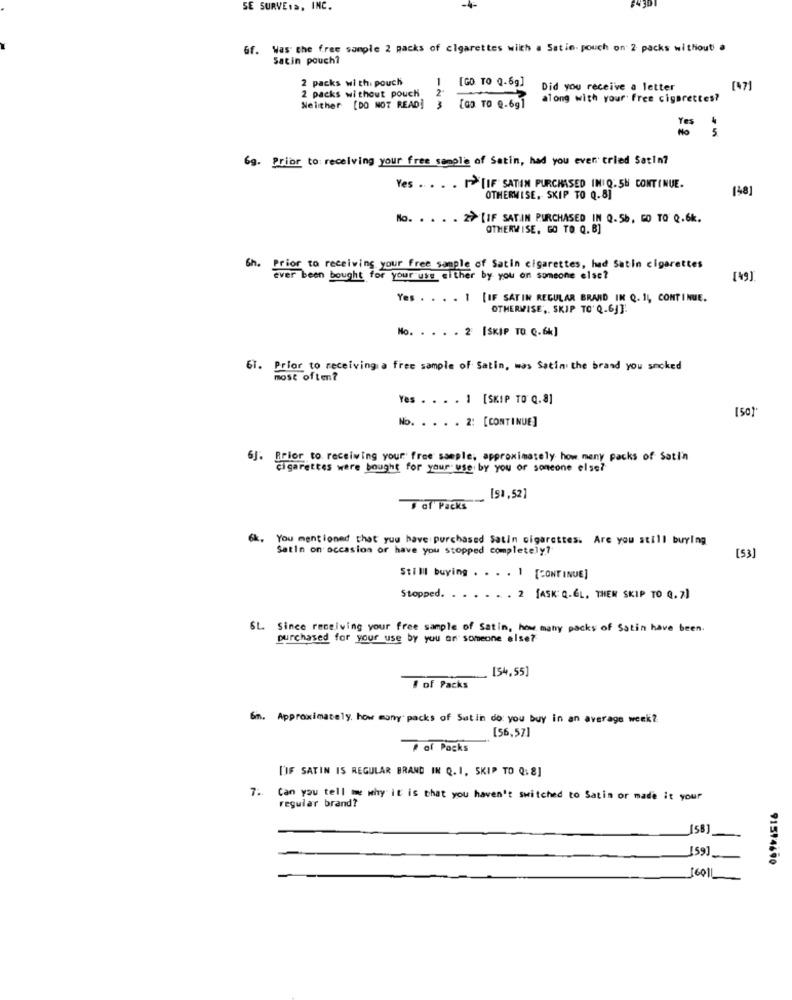
SE SURVE.a. INC.
-4-
Gf. Was the free sample 2 packs of cigarettes wiith a Satin. pouch on' 2 packs withouti .
Satin pouch?
2 packs with. pouch
[GO TO Q-6g]
Did you receive a letter
1471
2 packs without pouch
3
along with your free cigarettes?
Neither [DO NOT READ]
Yes
5
69. Prior to: receiving your free sample of Satin, had you ever tried Satin?
Yes .. . . . >> [IF SATIN PURCHASED INI Q.58 CONTINUE.
140
OTHERWISE, SKIP TO Q.8]
No. ..
. . 2> [IF SATIN PURCHASED IN Q.5b, GO TO Q.6k.
OTHERWISE, GO TO. Q. B]
Sh. Prior to receiving your free sample of Satin cigarettes, had Satin cigarettes
Ever been bought for your use either by you on someone else?
[49]
Yes . . . . 1 [IF SATIN REGULAR BRAND IN Q. 14, CONTINUE.
OTHERWISE ,. SKIP TO' Q.6]]:
No. . . . . 2 [SKIP TO Q.6k]
61. Prior to receiving a free sample of Satin, mas Satin the brand you smoked
most often?
Yes . . . . 1 [SKIP TO Q. 8]
[50]
No. . . . . 2: [CONTINUE]
6]: Brior to receiving your free sample, approximately how many packs of Sati'n
cigarettes were bought for your use. by you or someone else?
[51.52]
# Gf Packs
6k,
You mentioned that you have purchased Satin cigarettes. Are you still buying
Satin on occasion or have you stopped completely?
[5]
Still buying . . . . 1 [CONTINUE]
Stopped.
. . . 2 [ASK Q.GL, THEN SKIP TO Q. 7]
6L. Since receiving your free sample of Satin, how many packs of Satin have been.
purchased for your use by you on someone else?
[54.55]
# of Packs
6m. Approximately. how mony packs of Satin do you buy in an average week?
[56,57]
of Packs
['IF SATIN IS REGULAR BRAND IN Q. I, SKIP TO Q: 8]
7. Can you tell me why it is that you haven't switched to Satin or made it your
regular brand?
[5B]
159],
91514690